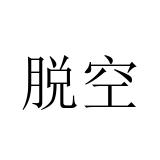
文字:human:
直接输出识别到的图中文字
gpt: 脱空